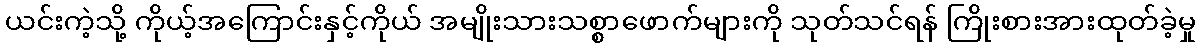
ယင်းကဲ့သို့ ကိုယ့်အကြောင်းနှင့်ကိုယ် အမျိုးသားသစ္စာဖောက်များကို သုတ်သင်ရန် ကြိုးစားအားထုတ်ခဲ့မှု